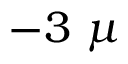
- 3 \ \mu